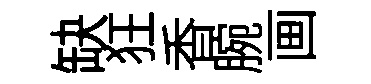
缺狂香腕画